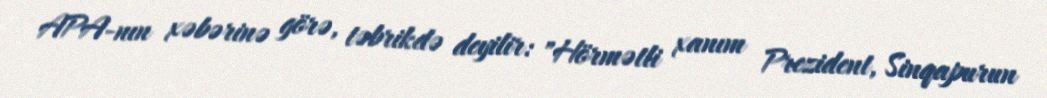
APA-nın xəbərinə görə, təbrikdə deyilir: "Hörmətli xanım Prezident, Sinqapurun